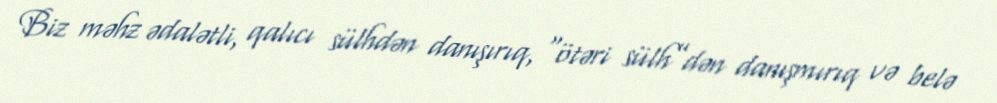
Biz məhz ədalətli, qalıcı sülhdən danışırıq, “ötəri sülh”dən danışmırıq və belə